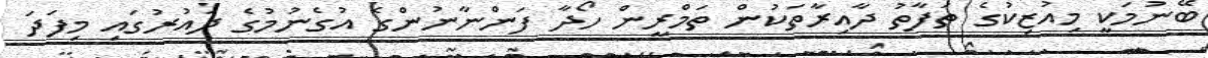
ބޭނުމަކީ މިއުޒިކުގެ ތަފާތު ދާއިރާތަކުން ތަމްރީން ހޯދާ ފަންނާނުންގެ އުގެނުމުގެ ދައުރުގައި މިފަދަ